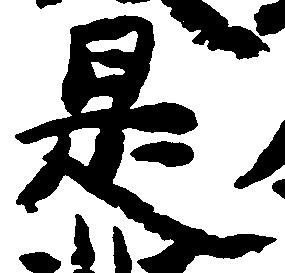
是